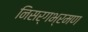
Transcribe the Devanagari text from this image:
निसर्गभ्रमण